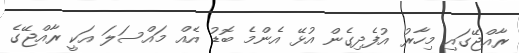
ރާއްޖޭގައި މިހާރު އުފެދިގެން އުޅޭ އެންމެ ބޮޑު އެއް މައްސަލަ އަކީ ރާއްޖޭގެ